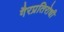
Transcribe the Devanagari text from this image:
गैरप्रतिरोधी